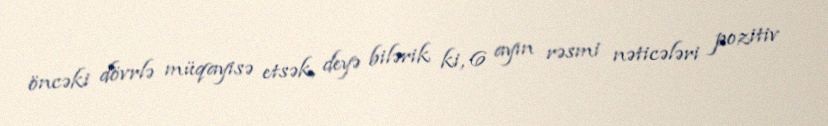
öncəki dövrlə müqayisə etsək, deyə bilərik ki, 6 ayın rəsmi nəticələri pozitiv